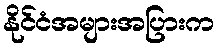
နိုင်ငံအများအပြားက